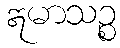
ဣမာသဉ္စ